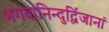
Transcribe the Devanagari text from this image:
भगवानिन्दुर्द्विजानां